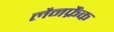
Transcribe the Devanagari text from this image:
लैनफ्रैंक